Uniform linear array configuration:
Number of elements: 48
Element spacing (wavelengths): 0.25
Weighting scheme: binomial
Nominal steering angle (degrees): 60
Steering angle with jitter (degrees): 61.826
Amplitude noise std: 0.05
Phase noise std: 0.05

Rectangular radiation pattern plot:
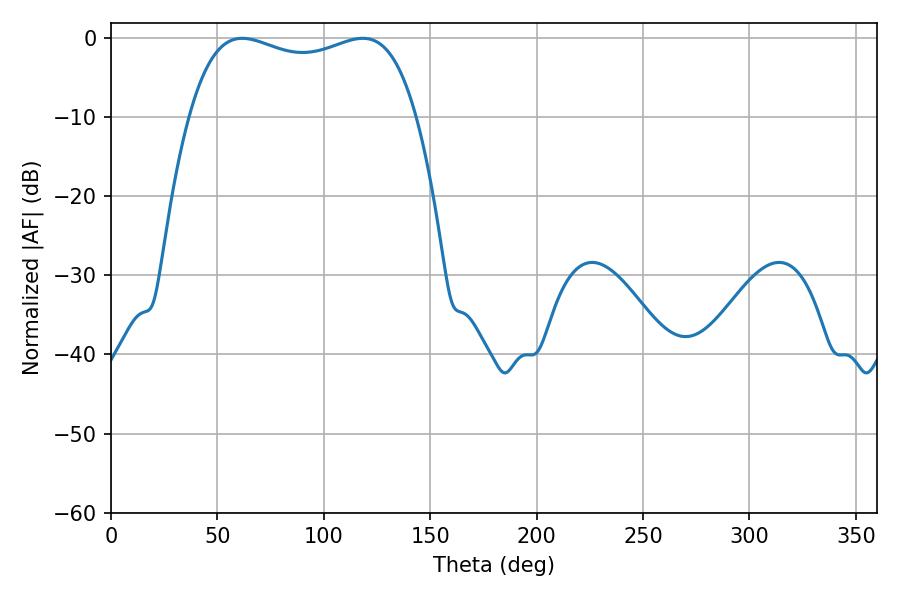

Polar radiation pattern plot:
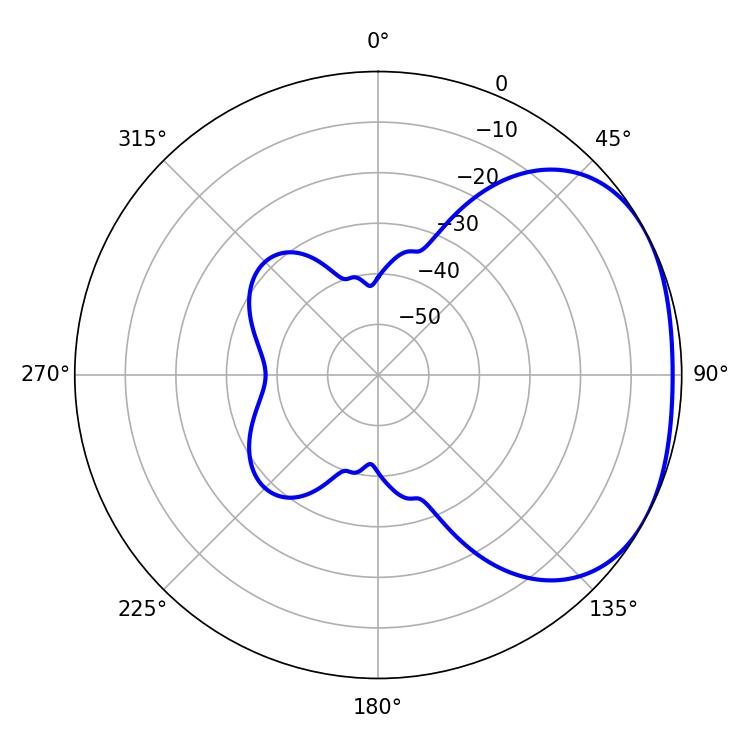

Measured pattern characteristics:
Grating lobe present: FALSE
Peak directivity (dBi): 2.24
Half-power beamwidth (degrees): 87.12
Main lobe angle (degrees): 61.74